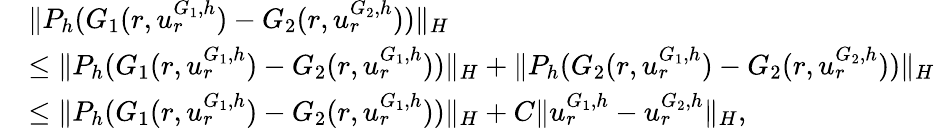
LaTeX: \begin{array}{rl}&{\| P_{h}(G_{1}(r,u_{r}^{G_{1},h})-G_{2}(r,u_{r}^{G_{2},h}))\| _{H}}\\ &{\leq\| P_{h}(G_{1}(r,u_{r}^{G_{1},h})-G_{2}(r,u_{r}^{G_{1},h}))\| _{H}+\| P_{h}(G_{2}(r,u_{r}^{G_{1},h})-G_{2}(r,u_{r}^{G_{2},h}))\| _{H}}\\ &{\leq\| P_{h}(G_{1}(r,u_{r}^{G_{1},h})-G_{2}(r,u_{r}^{G_{1},h}))\| _{H}+C\| u_{r}^{G_{1},h}-u_{r}^{G_{2},h}\| _{H},}\end{array}